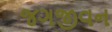
જગજીવન